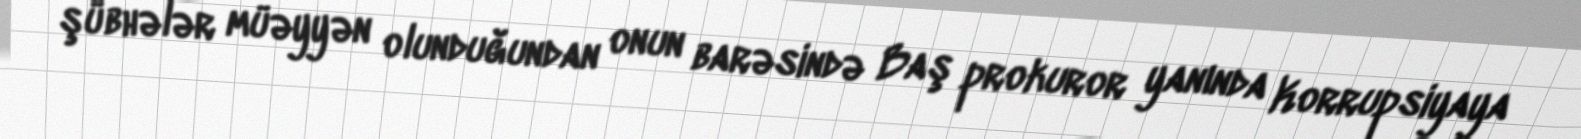
şübhələr müəyyən olunduğundan onun barəsində Baş prokuror yanında Korrupsiyaya